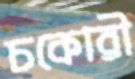
চকোরী